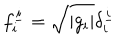
f _ { i } ^ { \underline { { { i } } } } = \sqrt { \left| g _ { i } \right| } \delta _ { i } ^ { \underline { { { i } } } }